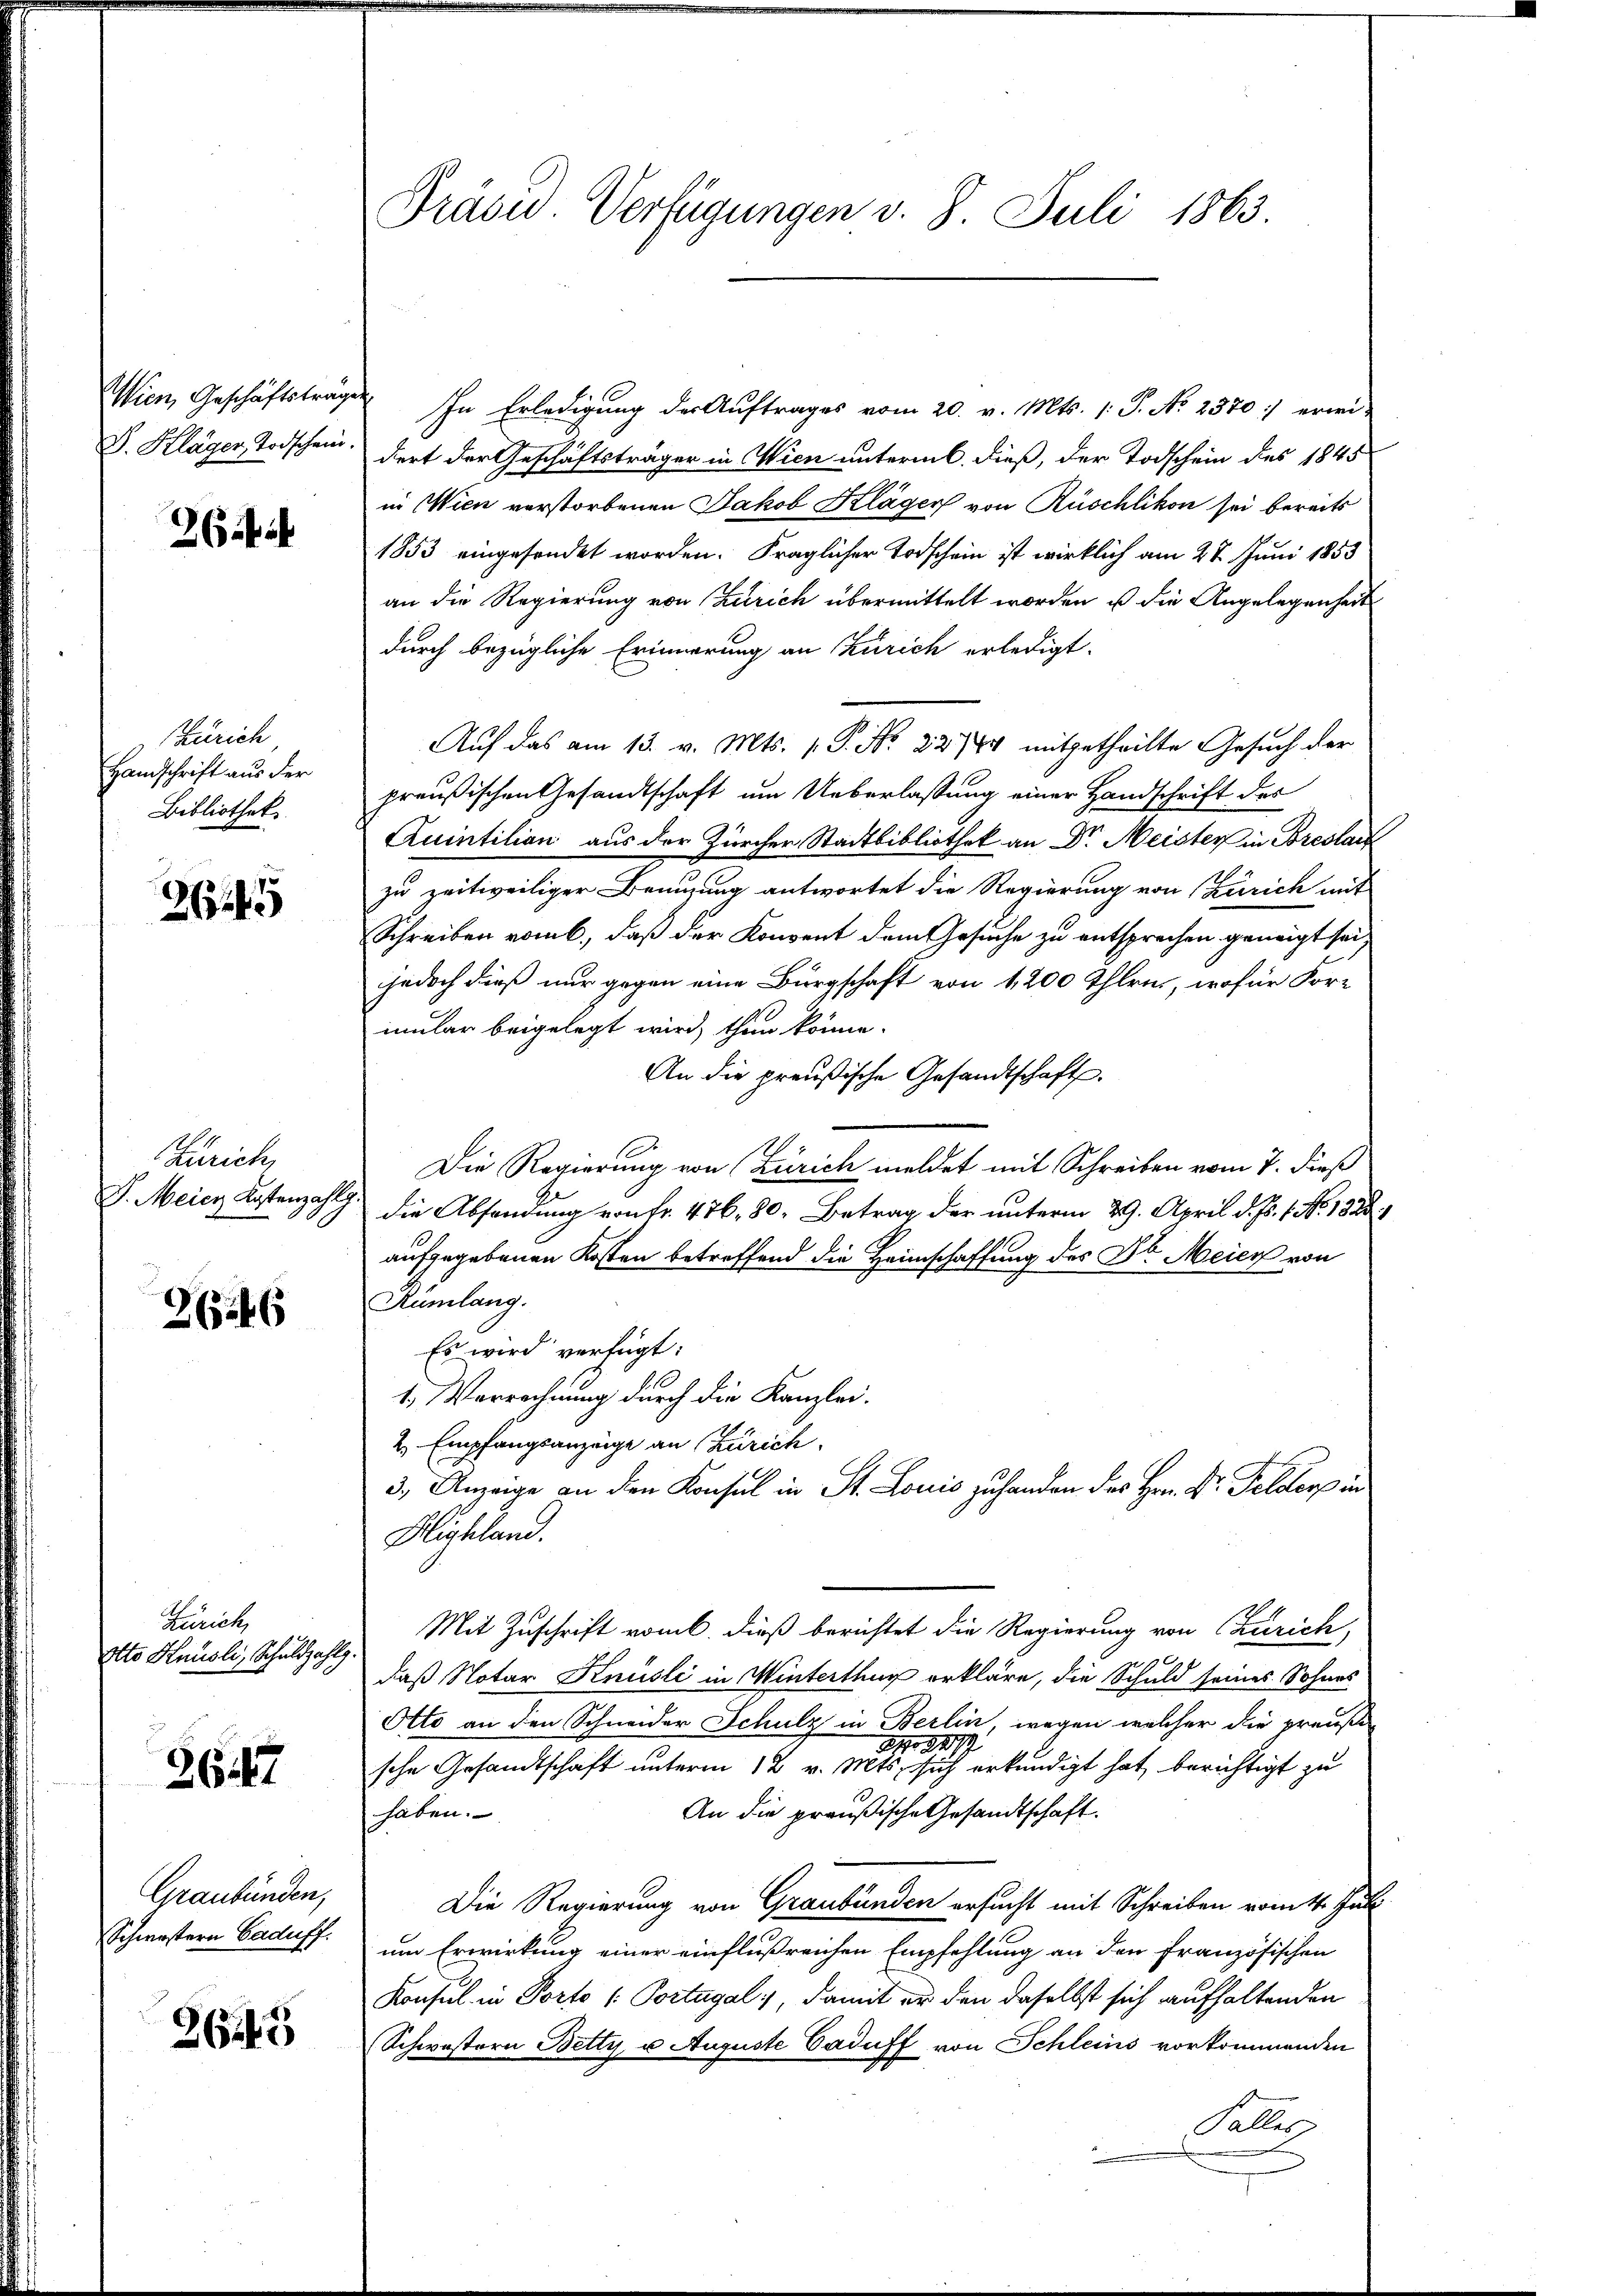
Wien, Geschäftsträgen
D. Kläger Todschein.

2 ib

Zürich
Handschrift aus der
Bibliothek

264

Zürich,
J. Meien Kostenzahlg.

26446

Zürich,
Otto Knüsli, Schuldzahlg.

26147

Graubünden,
Schwestern Caduff.

2649

Präsid. Verfügungen v. 8. Juli 1863.

In Erledigung der Auftrages vom 20. v. Mts. /: P. No 2370:) erwi-
dert der Geschäftsträger in Wien unterm 6. dieß, der Todschein des 1845
in Wien verstorbenen Jakob Kläger von Rüschlikon sei bereits
1853 eingesendet worden. Fraglicher Todschein ist wirklich am 28. Juni 1853
an die Regierung von Zürich übermittelt worden ist die Angelegenheit
durch bezügliche Erinnerung an Zürich erledigt.
Auf das am 13. v. Mts. 1. P. Nr. 22774 mitgetheilte Gesuch der
preußischen Gesandtschaft um Ueberlassung einer Handschrift des
Quintition aus der Zürcher Stadtbibliothek an Dr. Meister in Breslauf
zu zeitweiliger Brenzung antwortet die Regierung von Zürich mit
Schreiben vom 6. daß der Konvent dem Gesuche zu entsprechen geneigt sei
jedoch dieß nur gegen eine Bürgschaft von 1,200 Thlri, wofür Formular beigelegt wird, thun könne.
An die preußische Gesandtschaft.
Die Regierung von Zürich meldet mit Schreiben vom 7. dieß
die Absendung von Fr. 476. 80. Betrag der unterm 29. April d. Js. 1. No. 1822,
aufgegebenen Kosten betreffend die Heimschaffung des Dr. Meier von
Rümlang.
Es wird verfügt:
1. Verrechnung durch die Kanzlei-
2 Empfangsanzeige an Zürich
3. Anzeige an den Konsul in St. Louis zu handen des Hrn. Dr. Felders in
Highland.
Mit Zuschrift vom dieß berichtet die Regierung von Zürich,
2
daß Notar Knüsli in Winterthur erkläre, die Schuld seines Sohnes
Otto an den Schneider Schulz in Berlin, wegen welcher die preuße
NNo. 2177
sche Gesandtschaft unterm 12 v. Mts. sich erkundigt hat berichtigt zu
An die preußische Gesandtschaft.
haben.
Die Regierung von Graubünden ersucht mit Schreiben vom 4. Juni
um Erwirkung einer einflußreichen Empfehlung an den Französischen
Konsul in Porto (: Portugal, damit er den daselbst sich aufhaltenden
Schwestern Betty u. Auguste Caduff von Schleins vorkommenden
Falles,
.